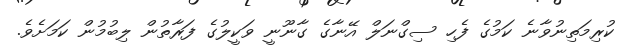
ކުރިމަތިނުވާނެ ކަމުގެ ފެހި ސިގްނަލް އޭނާގެ ގާނޫނީ ވަކީލުގެ ފަރާތުން ލިބުމުން ކަމަށެވެ.